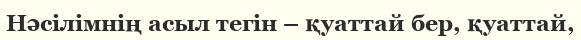
Нәсілімнің асыл тегін – қуаттай бер, қуаттай,